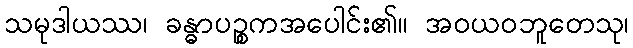
သမုဒါယဿ၊ ခန္ဓာပဉ္စကအပေါင်း၏။ အဝယဝဘူတေသု၊